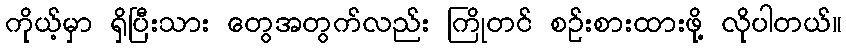
ကိုယ့်မှာ ရှိပြီးသား တွေအတွက်လည်း ကြိုတင် စဉ်းစားထားဖို့ လိုပါတယ်။